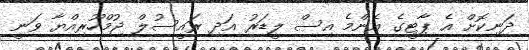
ދަނިކޮށް އެ ޕާޓީގެ އެންމެ އިސް ލީޑަރު އަދި ރައީސުލް ޖުމްހޫރިއްޔާ ވަނީ